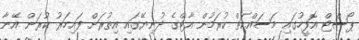
ޕޯސްޓް އޮފީހުގައި މަސައްކަތް ކުރަމުން އާޓްގެ ދުނިޔޭގައި އިތުރަށް ފައިހަރު ކުރަން އޭނާ